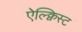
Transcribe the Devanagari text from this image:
ऐल्क्विस्ट